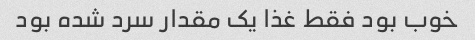
خوب بود فقط غذا یک مقدار سرد شده بود